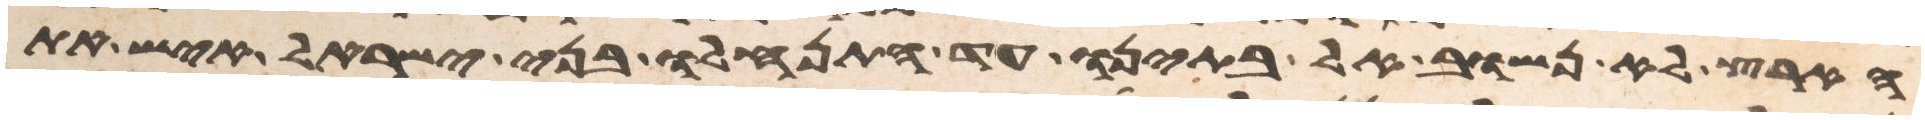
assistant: הארץ לא נשוב אל בתינו עד התנחלו בני ישראל איש את